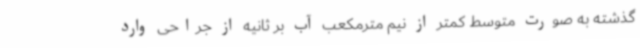
گذشته به صورت متوسط کمتر از نیم مترمکعب آب بر ثانیه از جراحی وارد